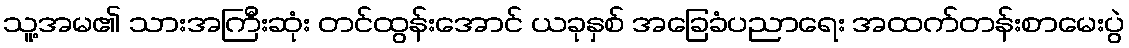
သူ့အမ၏ သားအကြီးဆုံး တင်ထွန်းအောင် ယခုနှစ် အခြေခံပညာရေး အထက်တန်းစာမေးပွဲ